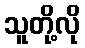
သူတို့လို